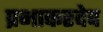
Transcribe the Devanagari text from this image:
प्रभाकरदेव